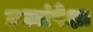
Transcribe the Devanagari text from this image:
प्रश्नांपेक्षा